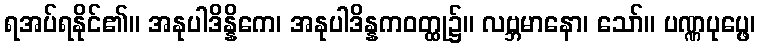
ရအပ်ရနိုင်၏။ အနုပါဒိန္နိကေ၊ အနုပါဒိန္နကဝတ္ထု၌။ လဗ္ဘမာနော၊ သော်။ ပဏ္ဏပုပ္ဖေ၊